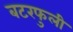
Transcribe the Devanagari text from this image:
बटरफुली